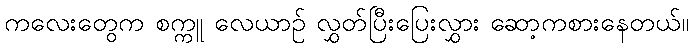
ကလေးတွေက စက္ကူ လေယာဉ် လွှတ်ပြီးပြေးလွှား ဆော့ကစားနေတယ်။